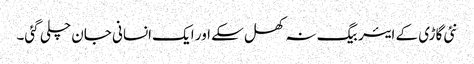
نئی گاڑی کے ایئر بیگ نہ کھل سکے اور ایک انسانی جان چلی گئی۔